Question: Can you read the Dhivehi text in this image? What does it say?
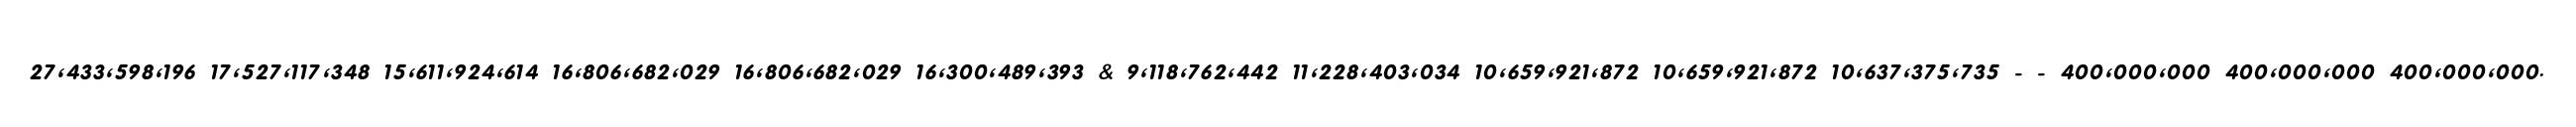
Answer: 27,433,598,196 17,527,117,348 15,611,924,614 16,806,682,029 16,806,682,029 16,300,489,393 & 9,118,762,442 11,228,403,034 10,659,921,872 10,659,921,872 10,637,375,735 - - 400,000,000 400,000,000 400,000,000.